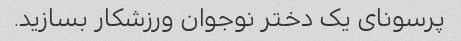
پرسونای یک دختر نوجوان ورزشکار بسازید.